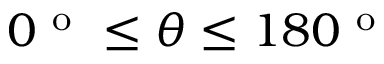
0 ^ { \mathrm { ~ o ~ } } \leq \theta \leq 1 8 0 ^ { \mathrm { ~ o ~ } }